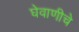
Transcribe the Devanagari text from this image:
घेवाणीचे